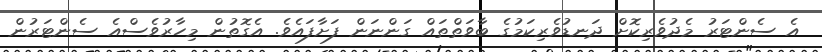
އެ ސެންޓަރު މެދުވެރިކޮށް ދަނޑުވެރިކަމުގެ ބާވަތްތައް ގަންނަން ފަށާފައެވެ. އެގޮތުން މިހާރުވެސްއެ ސެންޓަރުން